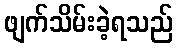
ဖျက်သိမ်းခဲ့ရသည်